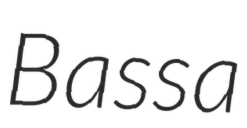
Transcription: Bassa